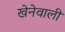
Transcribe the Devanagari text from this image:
खेनेवाली